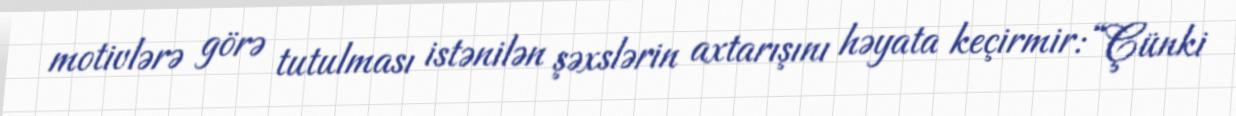
motivlərə görə tutulması istənilən şəxslərin axtarışını həyata keçirmir: “Çünki